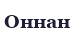
Оннан